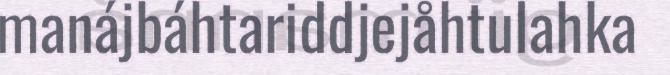
manájbáhtariddjejåhtulahka